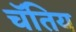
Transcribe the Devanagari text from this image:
चॅतिय